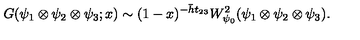
G ( \psi _ { 1 } \otimes \psi _ { 2 } \otimes \psi _ { 3 } ; x ) \sim ( 1 - x ) ^ { - \bar { h } t _ { 2 3 } } W _ { \psi _ { 0 } } ^ { 2 } ( \psi _ { 1 } \otimes \psi _ { 2 } \otimes \psi _ { 3 } ) .